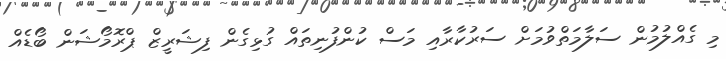
މި ގެއްލުމުން ސަލާމަތްވުމަށް ސަރުކާރާއި މަސް ކުންފުނިތައް ގުޅިގެން ފިޝަރީޒް ޕްރޮމޯޝަން ބޯޑެއް